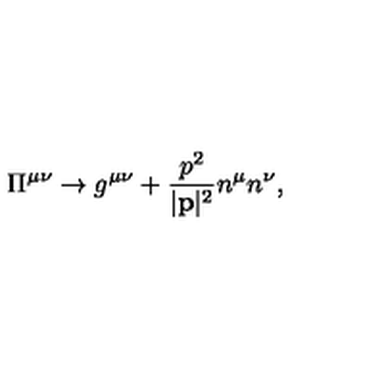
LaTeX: \Pi ^ { \mu \nu } \rightarrow g ^ { \mu \nu } + \frac { p ^ { 2 } } { | { \bf p } | ^ { 2 } } n ^ { \mu } n ^ { \nu } ,